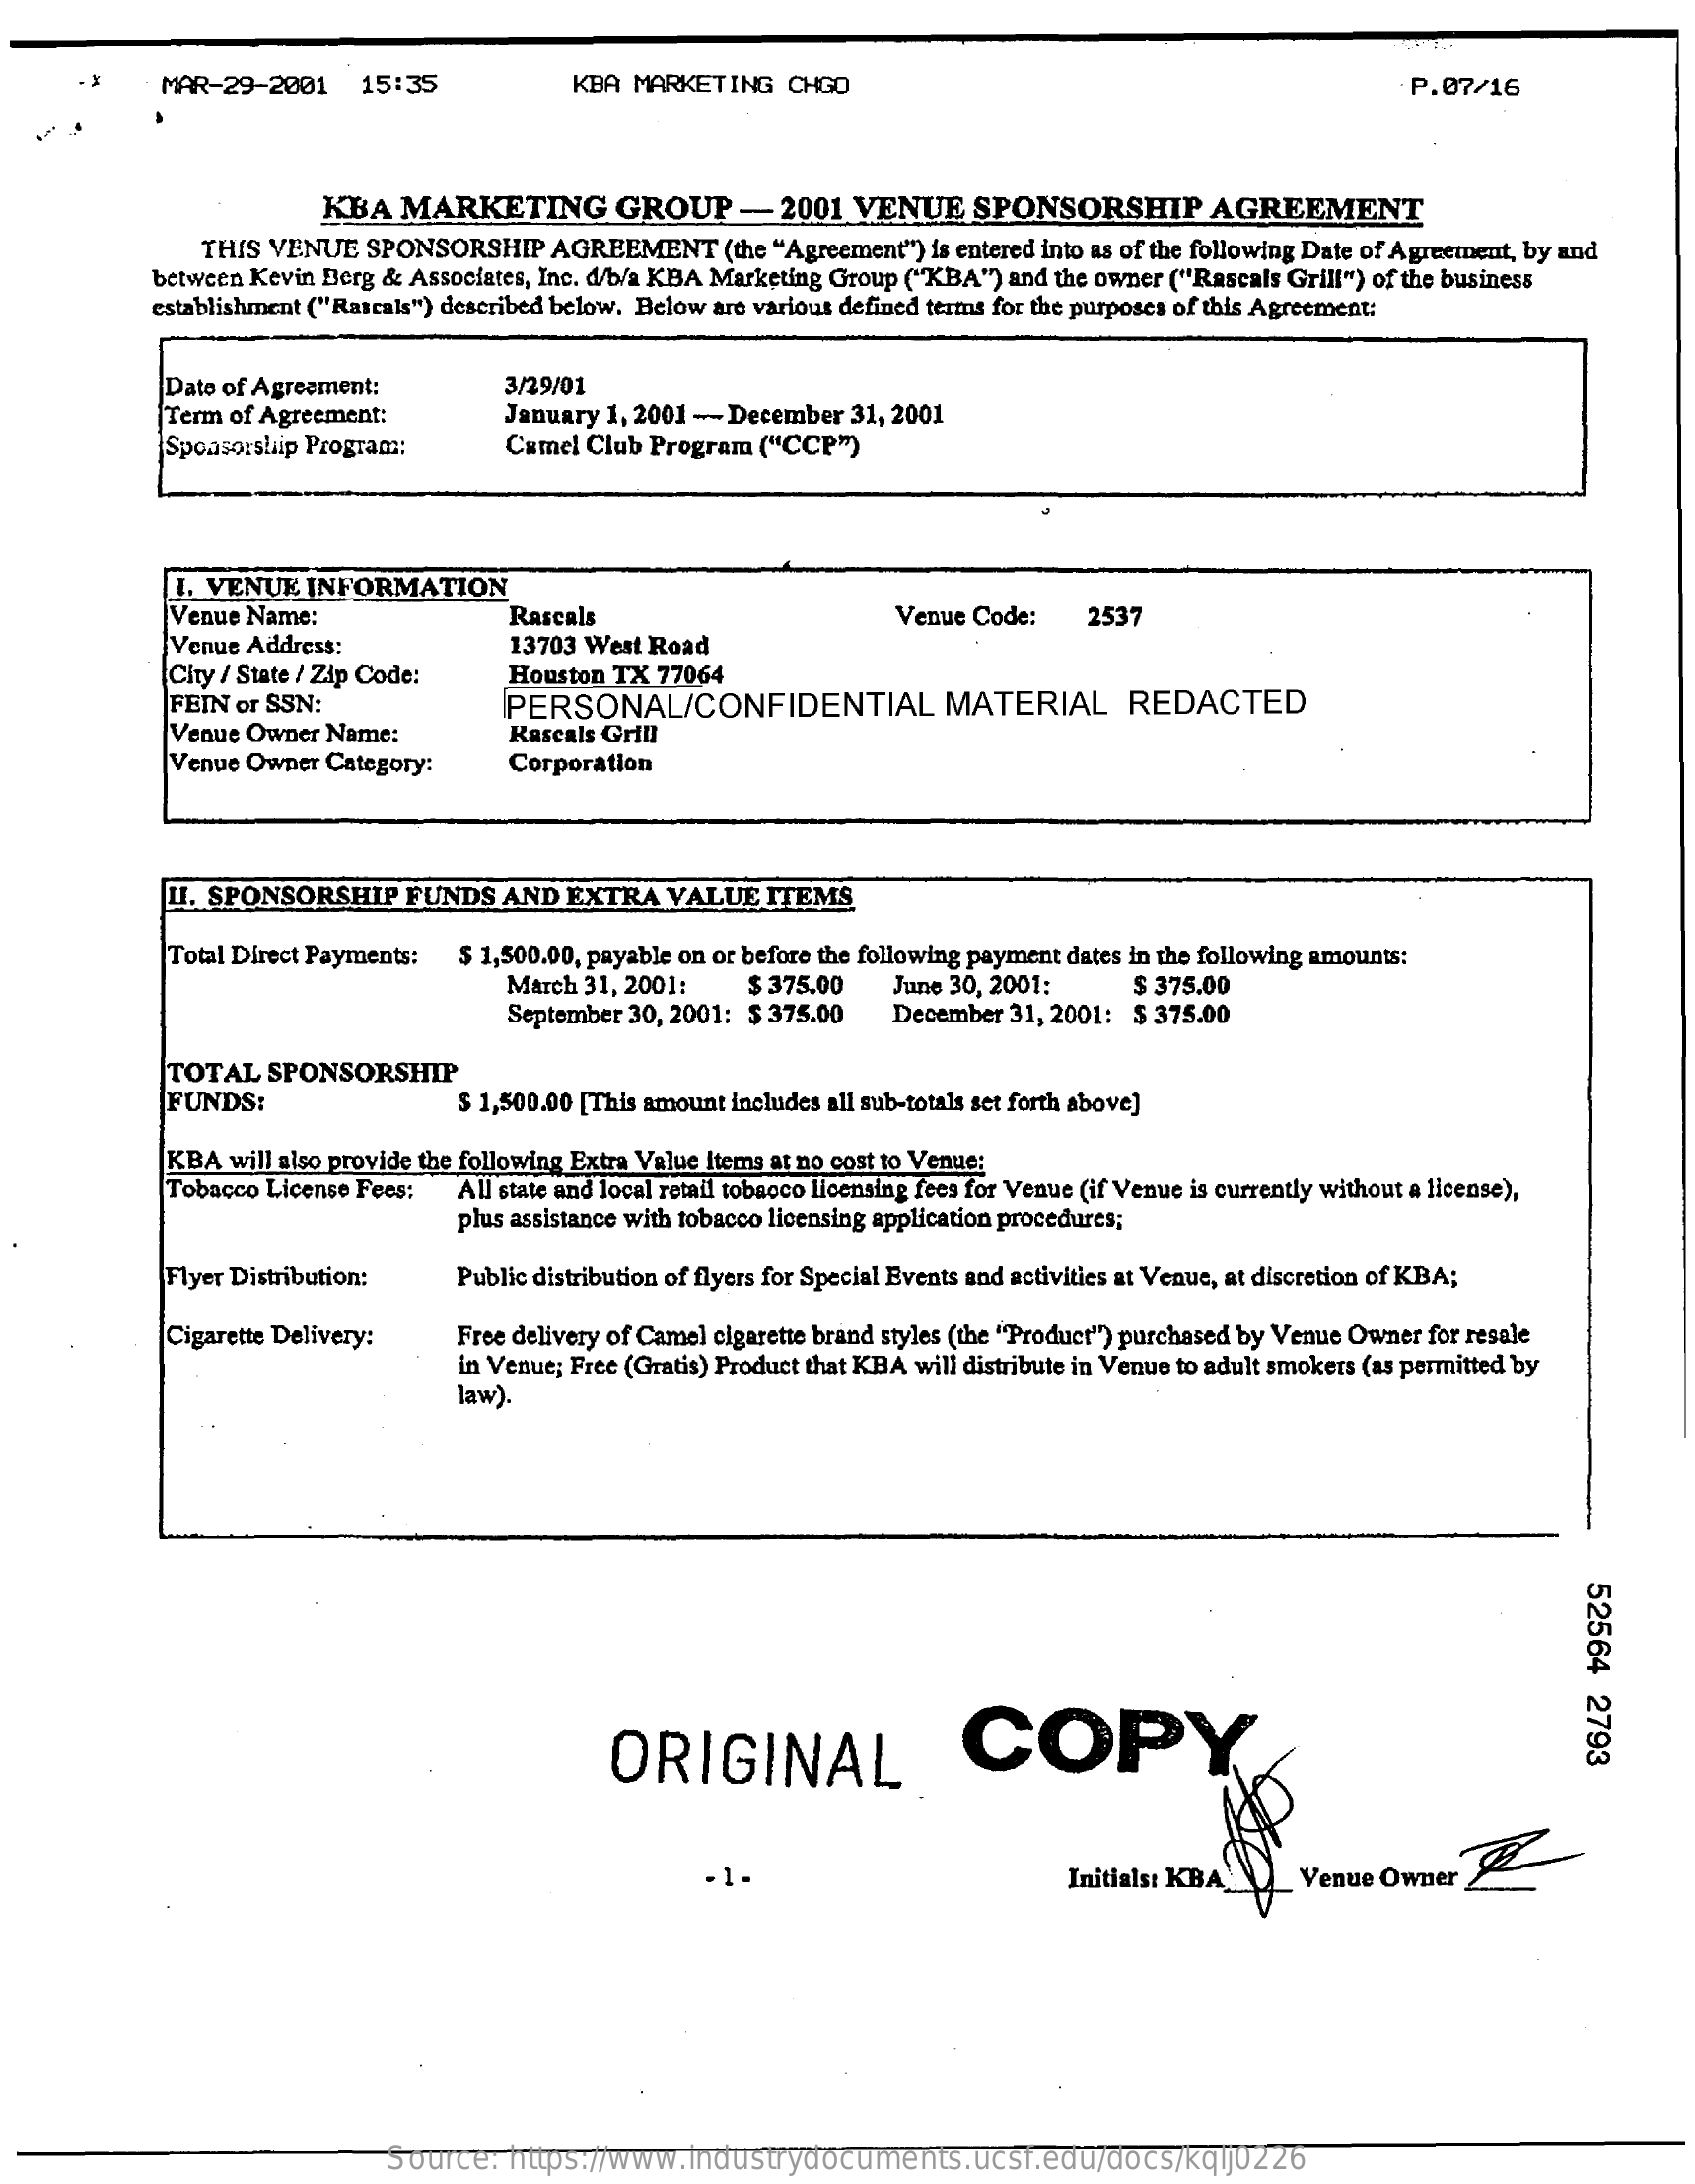
MAR-29-2001    15:35    KBA MARKETING   CHGO    P.07/16
     KBA   MARKETING    GROUP    -  2001  VENUE    SPONSORSHIP    AGREEMENT
     THIS VENUE   SPONSORSHIP   AGREEMENT    (the "Agreement") is entered into as of the following Date of Agreement, by and
     between Kevin Berg & Associates, Inc. < /b/a KBA Marketing Group ("KBA") and the owner ("Rascals Grill") of the business
     establishment ("Rascals") described below. Below are various defined terms for the purposes of this Agreement:
     Date of Agreament:
     Term of Agreement:
     3/29/01
     January 1, 2001 - December 31, 2001
     Sponsorship Program:    Camel Club Program ("CCP")
     I. VENUE  INFORMATION
     Venue Name:
     Venue Address:
     Rascals    Venue Code:    2537
     City / State / Zip Code:
     13703 West Road
     Houston TX 77064
     FEIN or SSN:
     Venue Owner Name:
     PERSONAL/CONFIDENTIAL    MATERIAL    REDACTED
     Venue Owner Category:
     Kascals Grill
     Corporation
     U. SPONSORSHIP    FUNDS   AND  EXTRA   VALUE  ITEMS
     Total Direct Payments: $ 1,500.00, payable on or before the following payment dates in the following amounts:
     March 31, 2001:    $ 375.00
     September 30, 2001: $ 375.00
     June 30, 2001:    $ 375.00
     December 31, 2001: $ 375.00
     TOTAL   SPONSORSHIP
     FUNDS:    $ 1,500.00 [This amount includes all sub-totals set forth above]
     KBA  will also provide the following Extra Value items at no cost to Venue:
     Tobacco License Fees: All state and local retail tobacco licensing fees for Venue (if Venue is currently without a license),
     plus assistance with tobacco licensing application procedures;
     Flyer Distribution:   Public distribution of flyers for Special Events and activities at Venue, at discretion of KBA;
     Cigarette Delivery:    Free delivery of Camel cigarette brand styles (the "Product") purchased by Venue Owner for resale
     in Venue; Free (Gratis) Product that KBA will distribute in Venue to adult smokers (as permitted by
     law).
     52564
     2793 ORIGINAL COPY
     · 1 -    Initials: KBA    Venue  Owner
     Source:  https://www.industrydocuments.ucsf.edu/docs/kqlj0226